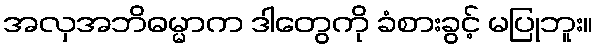
အလှအဘိဓမ္မာက ဒါတွေကို ခံစားခွင့် မပြုဘူး။